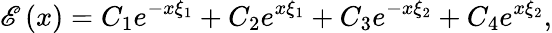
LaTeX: \mathscr{E}\left(x\right)=C_{1}e^{-x\xi_{1}}+C_{2}e^{x\xi_{1}}+C_{3}e^{-x\xi_{2}}+C_{4}e^{x\xi_{2}},